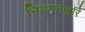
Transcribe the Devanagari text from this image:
नियमनाद्वारे